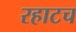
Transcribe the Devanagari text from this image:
रहाटच